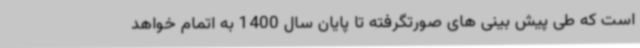
است که طی پیش بینی های صورتگرفته تا پایان سال 1400 به اتمام خواهد